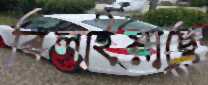
বিলাইয়াছে